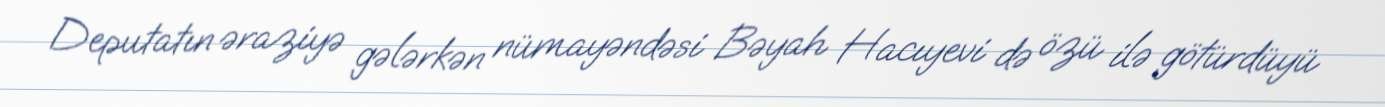
Deputatın əraziyə gələrkən nümayəndəsi Bəyah Hacıyevi də özü ilə götürdüyü